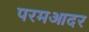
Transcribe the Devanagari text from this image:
परमआदर